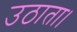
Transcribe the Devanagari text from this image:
उठाता।